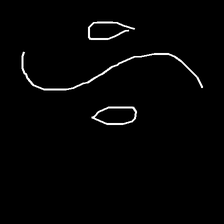
Glyph: water